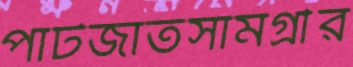
পাটজাতসামগ্রীর